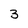
Character: 3